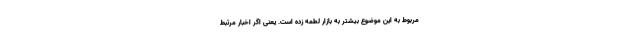
مربوط به این موضوع بیشتر به بازار لطمه زده است. یعنی اگر اخبار مرتبط